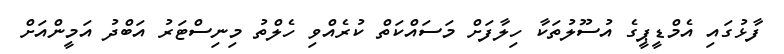
ފާޅުގައި އެމްޑީޕީގެ އުސޫލުތަކާ ހިލާފަށް މަސައްކަތް ކުރެއްވި ހެލްތު މިނިސްޓަރު އަބްދު އަމީންއަށް